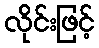
လိုင်းဖြင့်